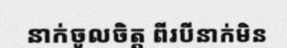
នាក់ចូលចិត្ត ពីរបីនាក់មិន